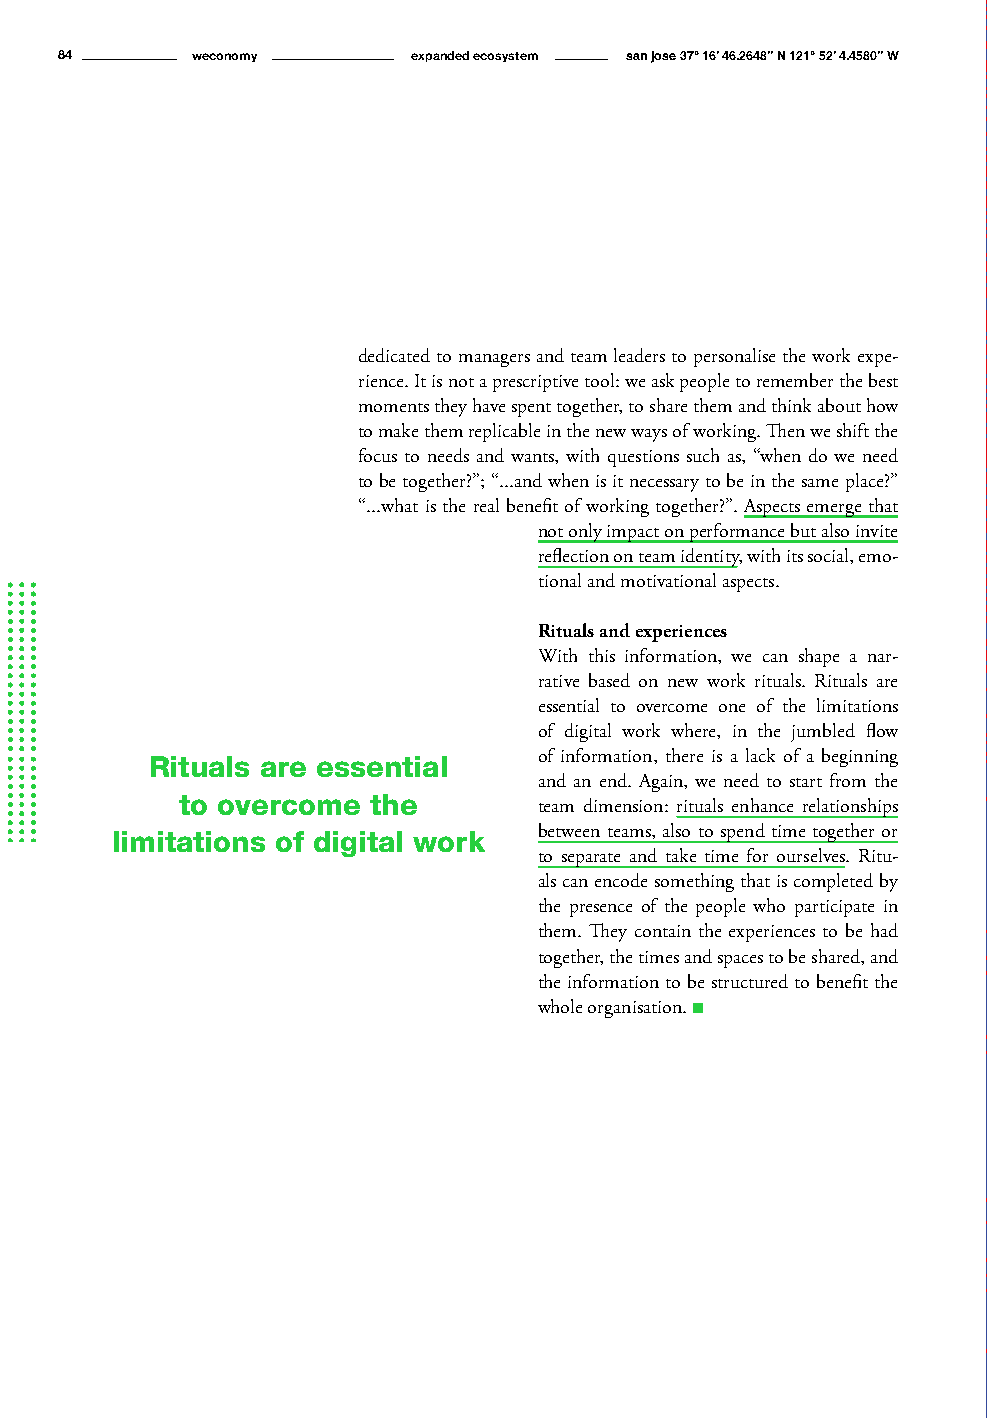
84       weconomy      expanded ecosystem san jose 37° 16’ 46.2648’’ N 121° 52’ 4.4580’’ W
 dedicated to managers and team leaders to personalise the work expe-
 rience. It is not a prescriptive tool: we ask people to remember the best
 moments they have spent together, to share them and think about how
 to make them replicable in the new ways of working. Then we shift the
 focus to needs and wants, with questions such as, “when do we need
 to be together?”; “...and when is it necessary to be in the same place?”
 “...what is the real benefit of working together?”. Aspects emerge that
 not only impact on performance but also invite
 reflection on team identity, with its social, emo-
 tional and motivational aspects.
 Rituals and experiences
 With this information, we can shape a nar-
 rative based on new work rituals. Rituals are
 essential to overcome one of the limitations
 of digital work where, in the jumbled flow
 Rituals are essential     of information, there is a lack of a beginning
 and an end. Again, we need to start from the
 to overcome the
 team dimension: rituals enhance relationships
 limitations of digital work  between teams, also to spend time together or
 to separate and take time for ourselves. Ritu-
 als can encode something that is completed by
 the presence of the people who participate in
 them. They contain the experiences to be had
 together, the times and spaces to be shared, and
 the information to be structured to benefit the
 whole organisation. n